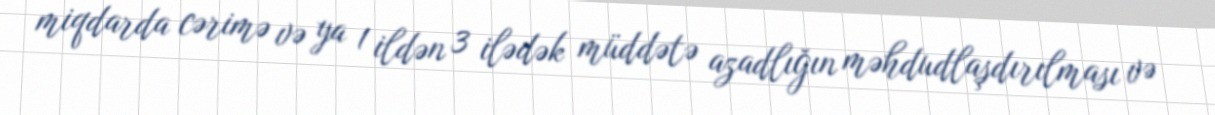
miqdarda cərimə və ya 1 ildən 3 ilədək müddətə azadlığın məhdudlaşdırılması və